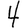
Digit: 4